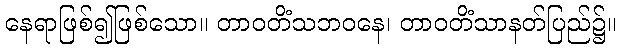
နေရာဖြစ်၍ဖြစ်သော။ တာဝတိံသဘဝနေ၊ တာဝတိံသာနတ်ပြည်၌။